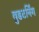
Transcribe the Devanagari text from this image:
वुडटर्निंग